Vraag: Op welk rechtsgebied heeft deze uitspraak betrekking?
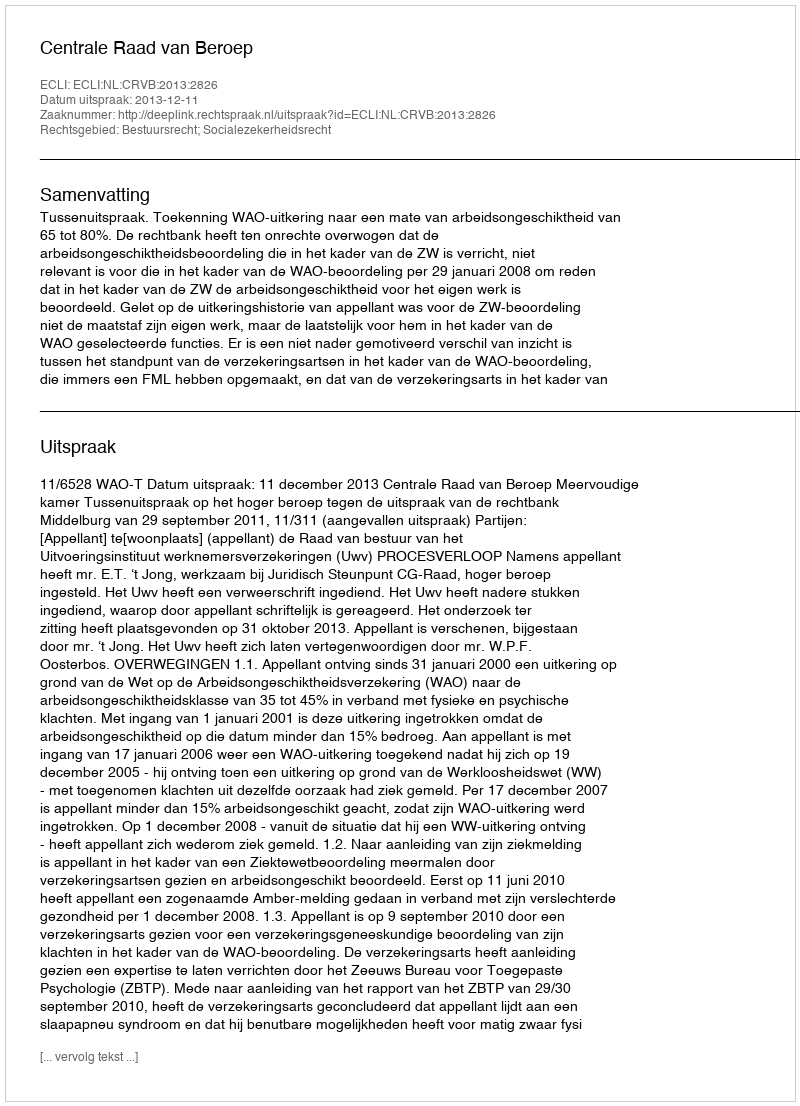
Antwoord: Bestuursrecht; Socialezekerheidsrecht